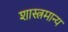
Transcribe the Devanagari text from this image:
शास्त्रमान्य